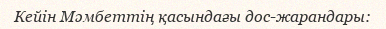
Кейін Мәмбеттің қасындағы дос-жарандары: